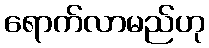
ရောက်လာမည်ဟု